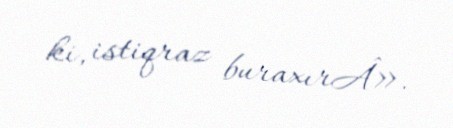
ki, istiqraz buraxırÂ».